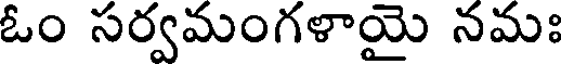
ఓం సర్వమంగళాయై నమః